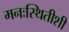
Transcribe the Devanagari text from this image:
मनःस्थितीशी